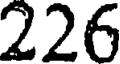
226